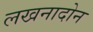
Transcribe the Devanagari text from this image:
लखनादोन